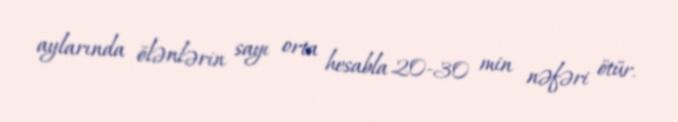
aylarında ölənlərin sayı orta hesabla 20-30 min nəfəri ötür.